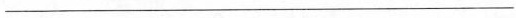
___